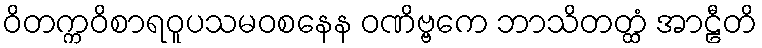
ဝိတက္ကဝိစာရဝူပသမဝစနေန ဝဏိဗ္ဗကေ ဘာသိတတ္ထံ အာဠီတိ